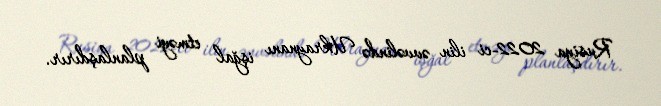
Rusiya 2022-ci ilin əvvəlində Ukraynanı işğal etməyi planlaşdırır.